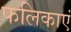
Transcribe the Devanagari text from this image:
फलिकाएं